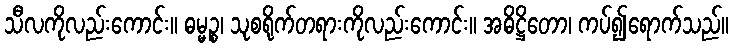
သီလကိုလည်းကောင်း။ ဓမ္မဉ္စ၊ သုစရိုက်တရားကိုလည်းကောင်း။ အဓိဋ္ဌိတော၊ ကပ်၍ရောက်သည်။